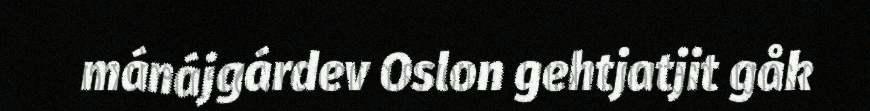
mánájgárdev Oslon gehtjatjit gåk